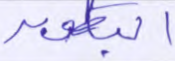
البطون